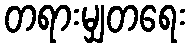
တရားမျှတရေး